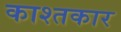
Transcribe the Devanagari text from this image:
काश्‍तकार